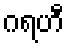
ဂရဟီ